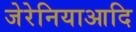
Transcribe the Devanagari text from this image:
जेरेनियाआदि